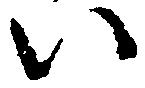
い